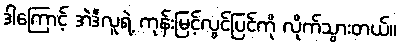
ဒါကြောင့် အဲဒီလူရဲ့ ကုန်းမြင့်လွင်ပြင်ကို လိုက်သွားတယ်။